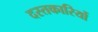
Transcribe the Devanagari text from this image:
दस्तकारियों